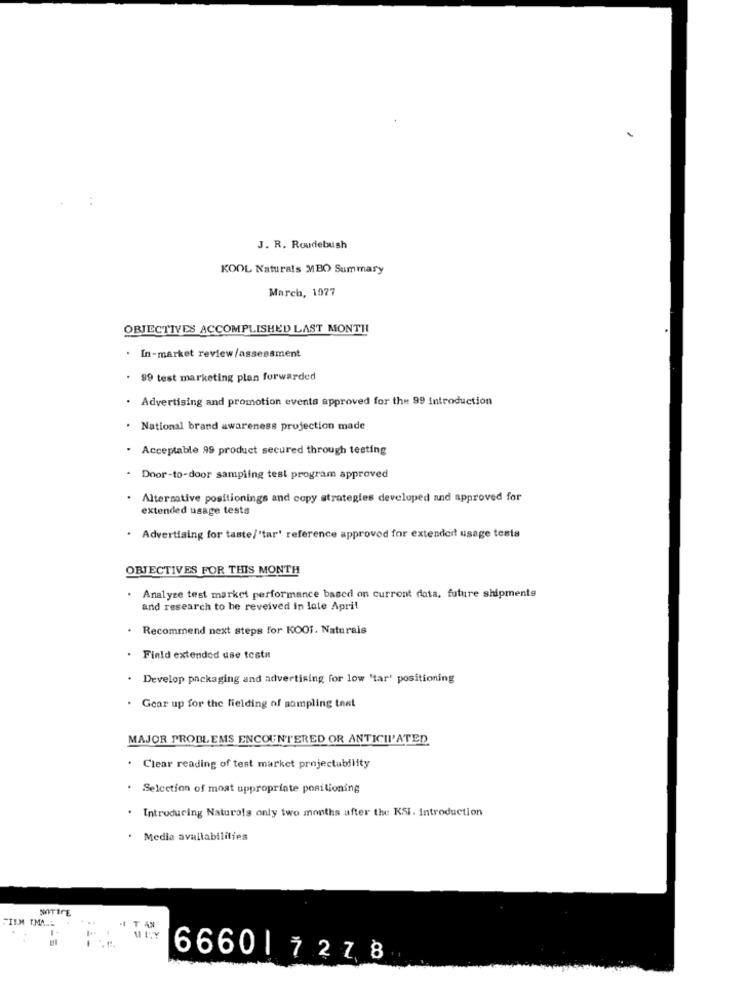
J. R. Roudebush
KOOL Naturals MBO Summary
March, 1977
OBJECTIVES ACCOMPLISHED LAST MONTH
In-market review/assessment
. 99 test marketing plan forwarded
. Advertising and promotion eventa approved for the 99 introduction
. National brand awareness projection made
. Acceptable 99 product secured through testing
Door-to-door sampling test program approved
Alternative positionings and copy strategies developed and approved for
extended usage tests
· Advertising for taste/"tar' reference approved for extender usage testa
OBJECTIVES FOR THIS MONTH
Analyze test market performance based on current data, future shipments
and research to be reveived in late April
Recommend next steps for KOOf. Naturais
.
Field extended use testa
. Develop packaging and advertising for low 'tar' positioning
. Gear up for the fielding of sampling test
MAJOR PROBLEMS ENCOUNTERED OR ANTICIPATED
. Clear reading of test market projectability
. Selection of most uppropriate positioning
.
Introducing Naturals only two months after the KSI. Introduction
Media availabilities
MITICE
FILM TMA
T AN
6660| 7278